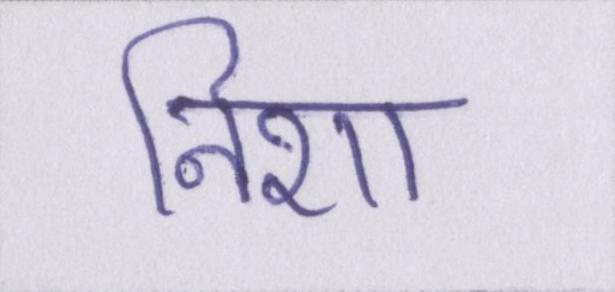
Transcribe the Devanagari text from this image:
निशा